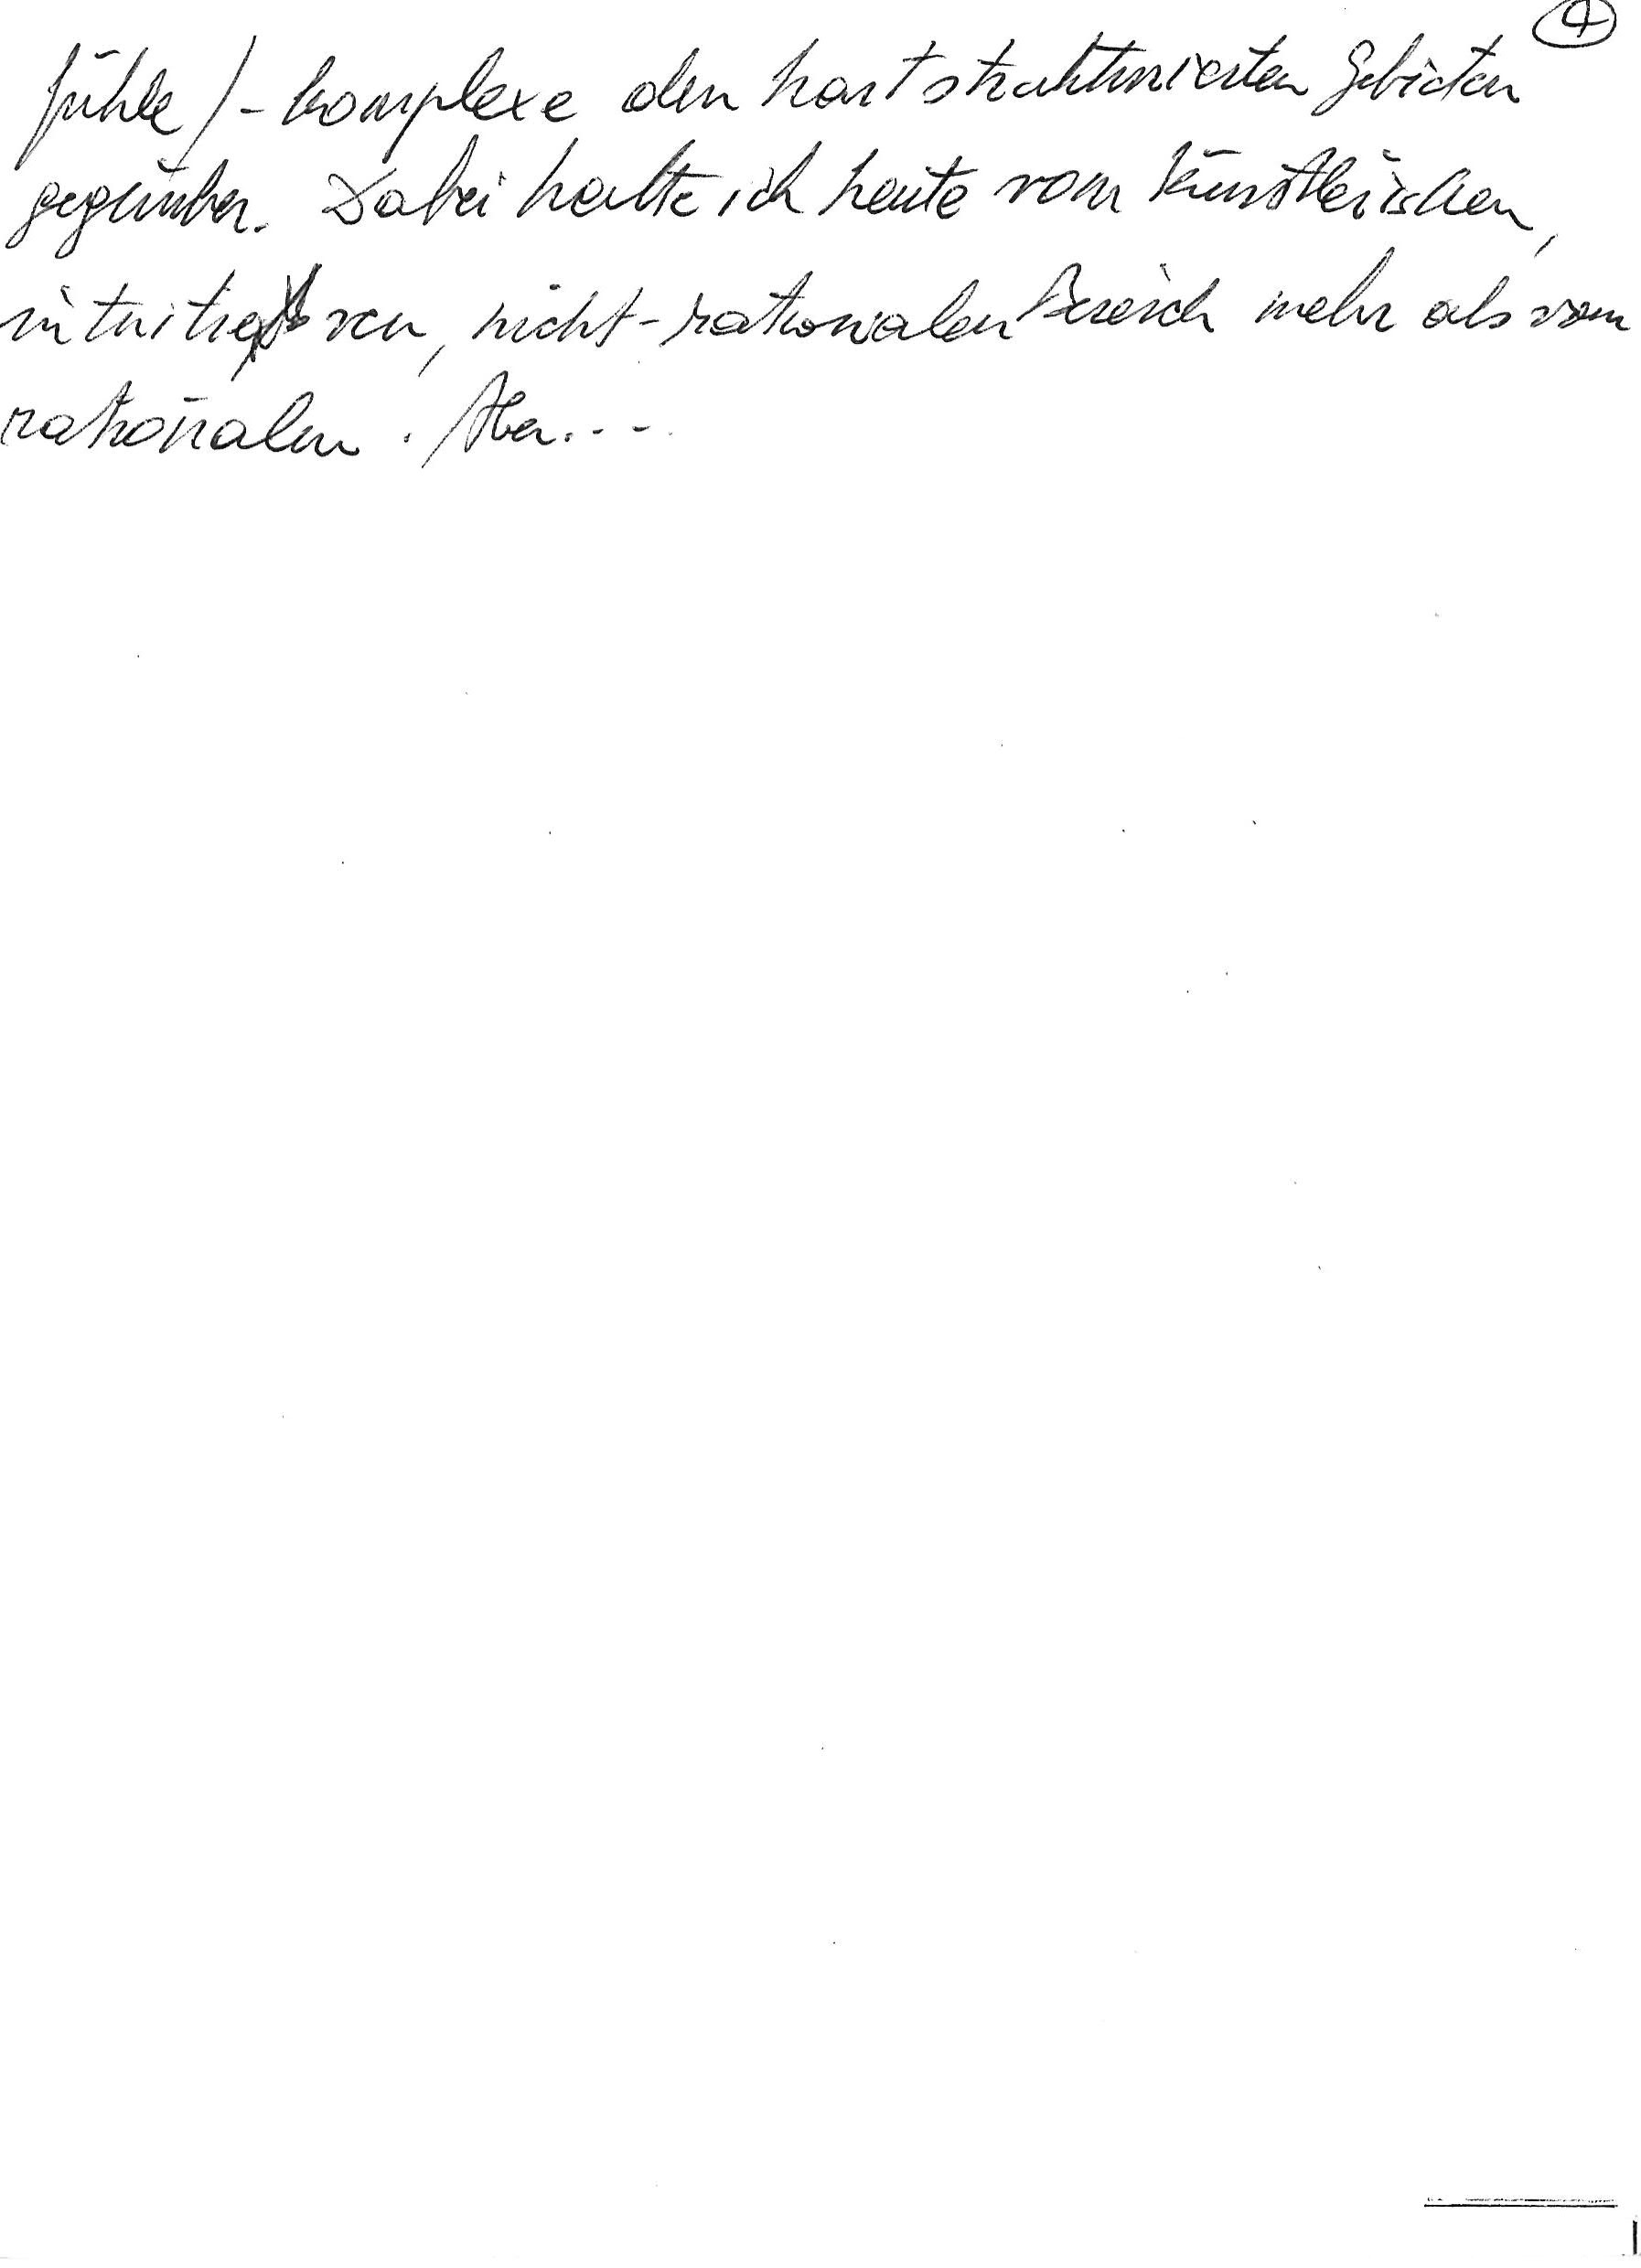
fühle/-komplexe den hartstrukturierten Gebieten
gegenüber. Dabei halte ich heute vom künstlerischen,
intuitiven, nicht-rationalen Bereich mehr als vom
rationalen. Aber …